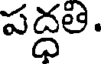
పద్ధతి.